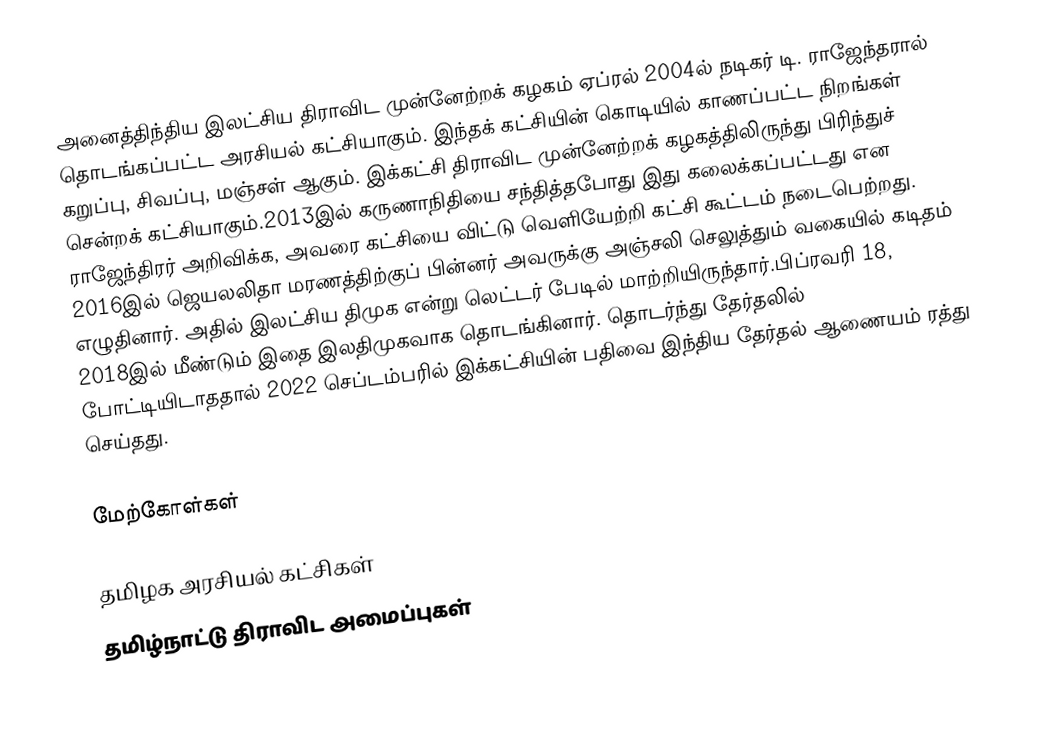
அனைத்திந்திய இலட்சிய திராவிட முன்னேற்றக் கழகம் ஏப்ரல் 2004ல் நடிகர் டி. ராஜேந்தரால் தொடங்கப்பட்ட அரசியல் கட்சியாகும். இந்தக் கட்சியின் கொடியில் காணப்பட்ட நிறங்கள் கறுப்பு, சிவப்பு, மஞ்சள் ஆகும். இக்கட்சி திராவிட முன்னேற்றக் கழகத்திலிருந்து பிரிந்துச் சென்றக் கட்சியாகும்.2013இல் கருணாநிதியை சந்தித்தபோது இது கலைக்கப்பட்டது என ராஜேந்திரர் அறிவிக்க, அவரை கட்சியை விட்டு வெளியேற்றி கட்சி கூட்டம் நடைபெற்றது. 2016இல் ஜெயலலிதா மரணத்திற்குப் பின்னர் அவருக்கு அஞ்சலி செலுத்தும் வகையில் கடிதம் எழுதினார். அதில் இலட்சிய திமுக என்று லெட்டர் பேடில் மாற்றியிருந்தார்.பிப்ரவரி 18, 2018இல் மீண்டும் இதை இலதிமுகவாக தொடங்கினார். தொடர்ந்து தேர்தலில் போட்டியிடாததால் 2022 செப்டம்பரில் இக்கட்சியின் பதிவை இந்திய தேர்தல் ஆணையம் ரத்து செய்தது.

மேற்கோள்கள்

தமிழக அரசியல் கட்சிகள்
தமிழ்நாட்டு திராவிட அமைப்புகள்